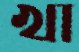
খা